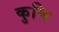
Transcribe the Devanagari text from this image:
कुणि